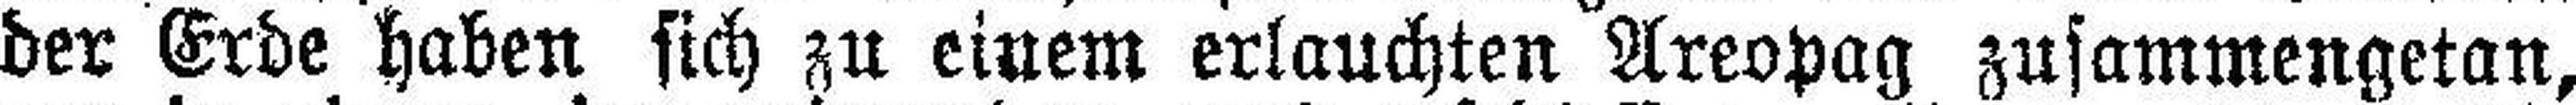
der Erde haben sich zu einem erlauchten Areopag zusammengetan,